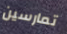
تمارسين